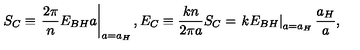
S _ { C } \equiv \left. { \frac { 2 \pi } { n } } E _ { B H } a \right| _ { a = a _ { H } } , E _ { C } \equiv { \frac { k n } { 2 \pi a } } S _ { C } = \left. k E _ { B H } \right| _ { a = a _ { H } } { \frac { a _ { H } } { a } } ,